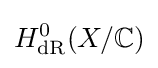
H_{\text{dR}}^{0}(X/\mathbb {C} )